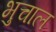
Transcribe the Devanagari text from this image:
भुचाल